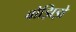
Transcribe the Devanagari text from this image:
बोझिझे